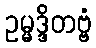
ဥမ္မဒ္ဒိတဗ္ဗံ